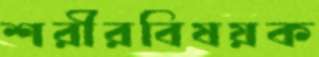
শরীরবিষয়ক